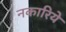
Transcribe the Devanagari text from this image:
नकारिये